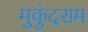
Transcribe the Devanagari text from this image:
मुकुंदराम